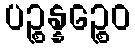
ပဉ္စန္နဉ္စေဝ